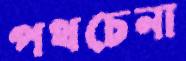
পথচেনা